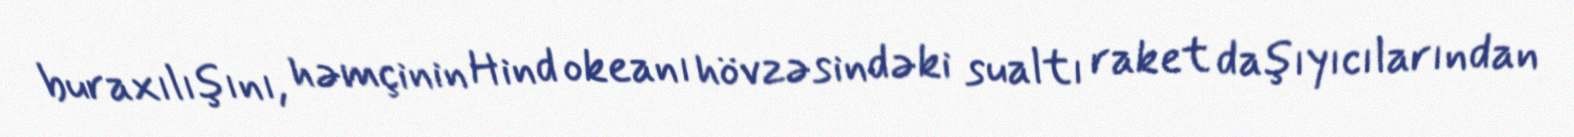
buraxılışını, həmçinin Hind okeanı hövzəsindəki sualtı raket daşıyıcılarından